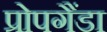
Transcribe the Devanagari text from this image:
प्रोपगैंडा